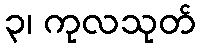
၃၊ ကုလသုတ်